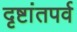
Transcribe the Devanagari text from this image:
दृष्टांतपर्व